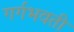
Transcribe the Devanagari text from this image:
गर्गभवती